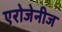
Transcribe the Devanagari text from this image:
एरोजेनीज